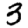
Digit: 3